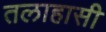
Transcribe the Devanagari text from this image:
तलाहासी